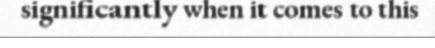
significantly when it comes to this